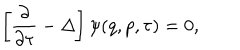
LaTeX: \left[ \frac { \partial } { \partial \tau } - \Delta \right] \psi ( q , p , \tau ) = 0 ,